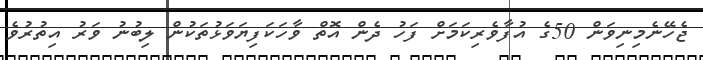
ޖެހޭނެމިނިވަން 50ގެ އުފާވެރިކަމަށް ފަހު ދެން އޮތް ވާހަކަފިޔަވަޅުތަކުން ލިބުނު ވަރު އިތުރުވެ